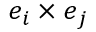
\boldsymbol { e } _ { i } \times \boldsymbol { e } _ { j }